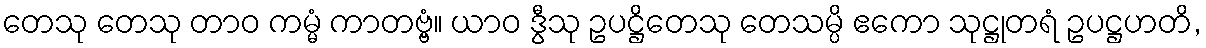
တေသု တေသု တာဝ ကမ္မံ ကာတဗ္ဗံ။ ယာဝ ဒွီသု ဥပဋ္ဌိတေသု တေသမ္ပိ ဧကော သုဋ္ဌုတရံ ဥပဋ္ဌဟတိ,